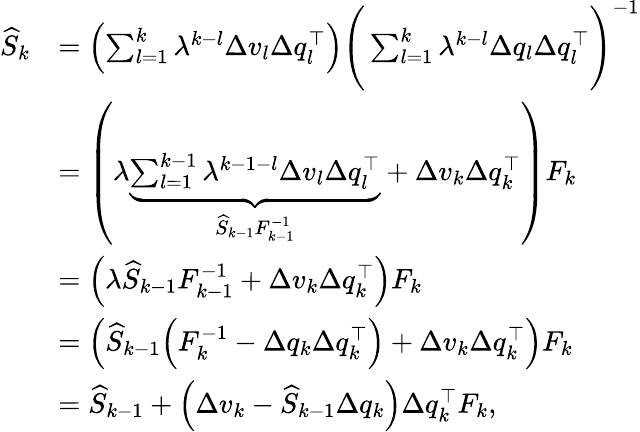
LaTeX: \begin{array}{rl}{\widehat{S}_{k}}&{=\left(\sum_{l=1}^{k}\lambda^{k-l}\Delta v_{l}\Delta q_{l}^{\top}\right)\Bigg(\sum_{l=1}^{k}\lambda^{k-l}\Delta q_{l}\Delta q_{l}^{\top}\Bigg)^{-1}}\\ &{=\left(\lambda\underbrace{\sum_{l=1}^{k-1}\lambda^{k-1-l}\Delta v_{l}\Delta q_{l}^{\top}}_{\widehat{S}_{k-1}F_{k-1}^{-1}}+\Delta v_{k}\Delta q_{k}^{\top}\right)F_{k}}\\ &{=\left(\lambda\widehat{S}_{k-1}F_{k-1}^{-1}+\Delta v_{k}\Delta q_{k}^{\top}\right)F_{k}}\\ &{=\left(\widehat{S}_{k-1}\Big(F_{k}^{-1}-\Delta q_{k}\Delta q_{k}^{\top}\Big)+\Delta v_{k}\Delta q_{k}^{\top}\right)F_{k}}\\ &{=\widehat{S}_{k-1}+\Big(\Delta v_{k}-\widehat{S}_{k-1}\Delta q_{k}\Big)\Delta q_{k}^{\top}F_{k},}\end{array}